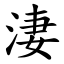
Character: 淒